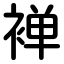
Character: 褝